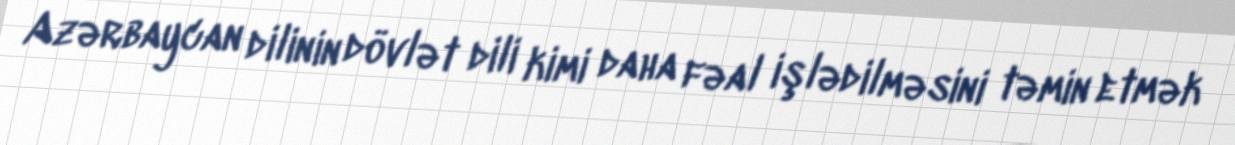
Azərbaycan dilinin dövlət dili kimi daha fəal işlədilməsini təmin etmək